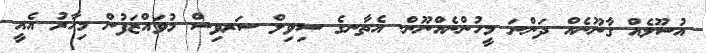
އުސޫލެއް ގާނޫނެއް ދަންނަ މީހުންނެއްނޫން. އެތާނގެ ސިވިލް ސަރވިސް މުވައްޒަފުން މިހާރު އެއީ